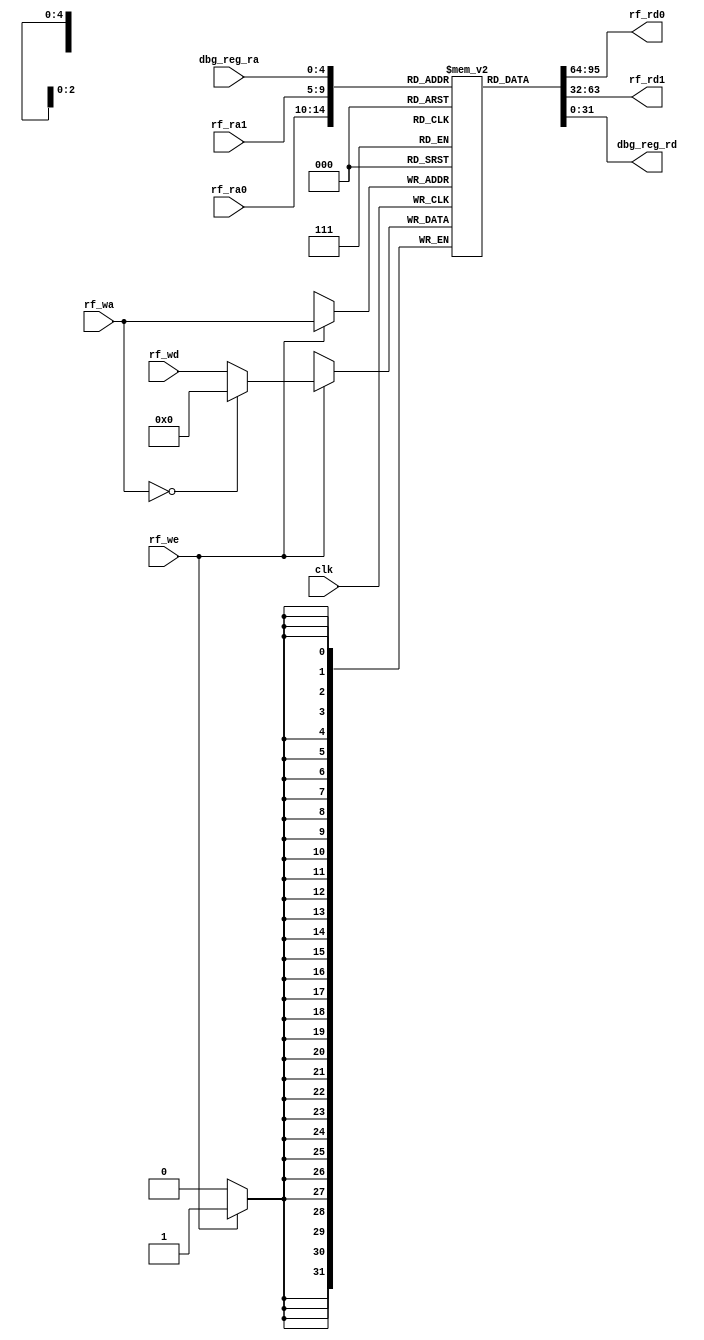


module RF (
    input                   [ 0 : 0]        clk,

    input                   [ 4 : 0]        rf_ra0,
    input                   [ 4 : 0]        rf_ra1,   
    input                   [ 4 : 0]        rf_wa,
    input                   [ 0 : 0]        rf_we,
    input                   [31 : 0]        rf_wd,

    output                  [31 : 0]        rf_rd0,
    output                  [31 : 0]        rf_rd1,

    input                   [ 4 : 0]        dbg_reg_ra,
    output                  [31 : 0]        dbg_reg_rd
);

    reg [31 : 0] reg_file [0 : 31];

    // 
    integer i;
    initial begin
        for (i = 0; i < 32; i = i + 1)
            reg_file[i] = 0;
    end

    always @(posedge clk) begin
        if (rf_we) begin
            reg_file[rf_wa] <= (rf_wa==0)?0:rf_wd;
        end
    end
    assign rf_rd0 = reg_file[rf_ra0];
    assign rf_rd1 = reg_file[rf_ra1];

    assign dbg_reg_rd = reg_file[dbg_reg_ra];
endmodule